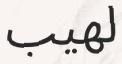
لھيب